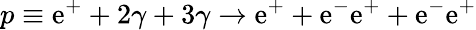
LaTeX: p\equiv\mathrm{e}^{+}+2\gamma+3\gamma\rightarrow\mathrm{e}^{+}+\mathrm{e}^{-}\mathrm{e}^{+}+\mathrm{e}^{-}\mathrm{e}^{+}